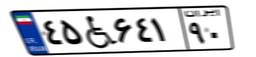
۴۵W۶۴۱۹۰